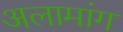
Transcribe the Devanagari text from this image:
अलामांग